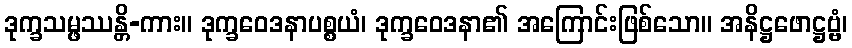
ဒုက္ခသမ္ဖဿန္တိ-ကား။ ဒုက္ခဝေဒနာပစ္စယံ၊ ဒုက္ခဝေဒနာ၏ အကြောင်းဖြစ်သော။ အနိဋ္ဌဖောဋ္ဌဗ္ဗံ၊